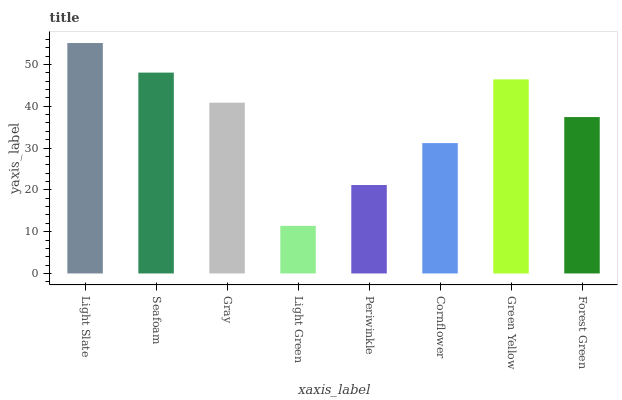
| xaxis_label | bars |
 | --- | --- |
 | Light Slate | 55.1 |
 | Seafoam | 48.1 |
 | Gray | 40.8 |
 | Light Green | 11.4 |
 | Periwinkle | 21.2 |
 | Cornflower | 31.2 |
 | Green Yellow | 46.4 |
 | Forest Green | 37.4 |